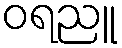
ဝရညူ